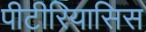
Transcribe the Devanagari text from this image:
पीटीरियासिस